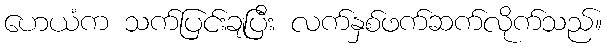
ဟေယံက သက်ပြင်းချပြီး လက်နှစ်ဖက်ဆက်လိုက်သည်။